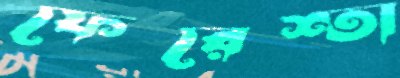
ফেরেশ্তা